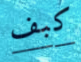
كبف